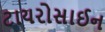
ટાયરોસાઈન